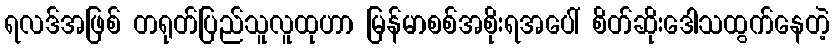
ရလဒ်အဖြစ် တရုတ်ပြည်သူလူထုဟာ မြန်မာစစ်အစိုးရအပေါ် စိတ်ဆိုးဒေါသထွက်နေတဲ့